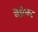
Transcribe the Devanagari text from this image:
वेप्रेक्ट